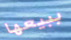
ببيعها